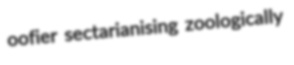
oofier sectarianising zoologically